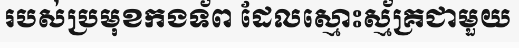
របស់ប្រមុខកងទ័ព ដែលស្មោះស្ម័គ្រជាមួយ